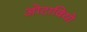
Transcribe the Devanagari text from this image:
ओटावियो